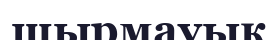
шырмауық